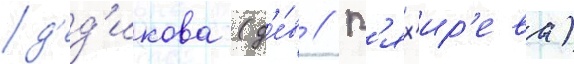
д'ед'икова (д'е́в // В'ях'ир'ева)